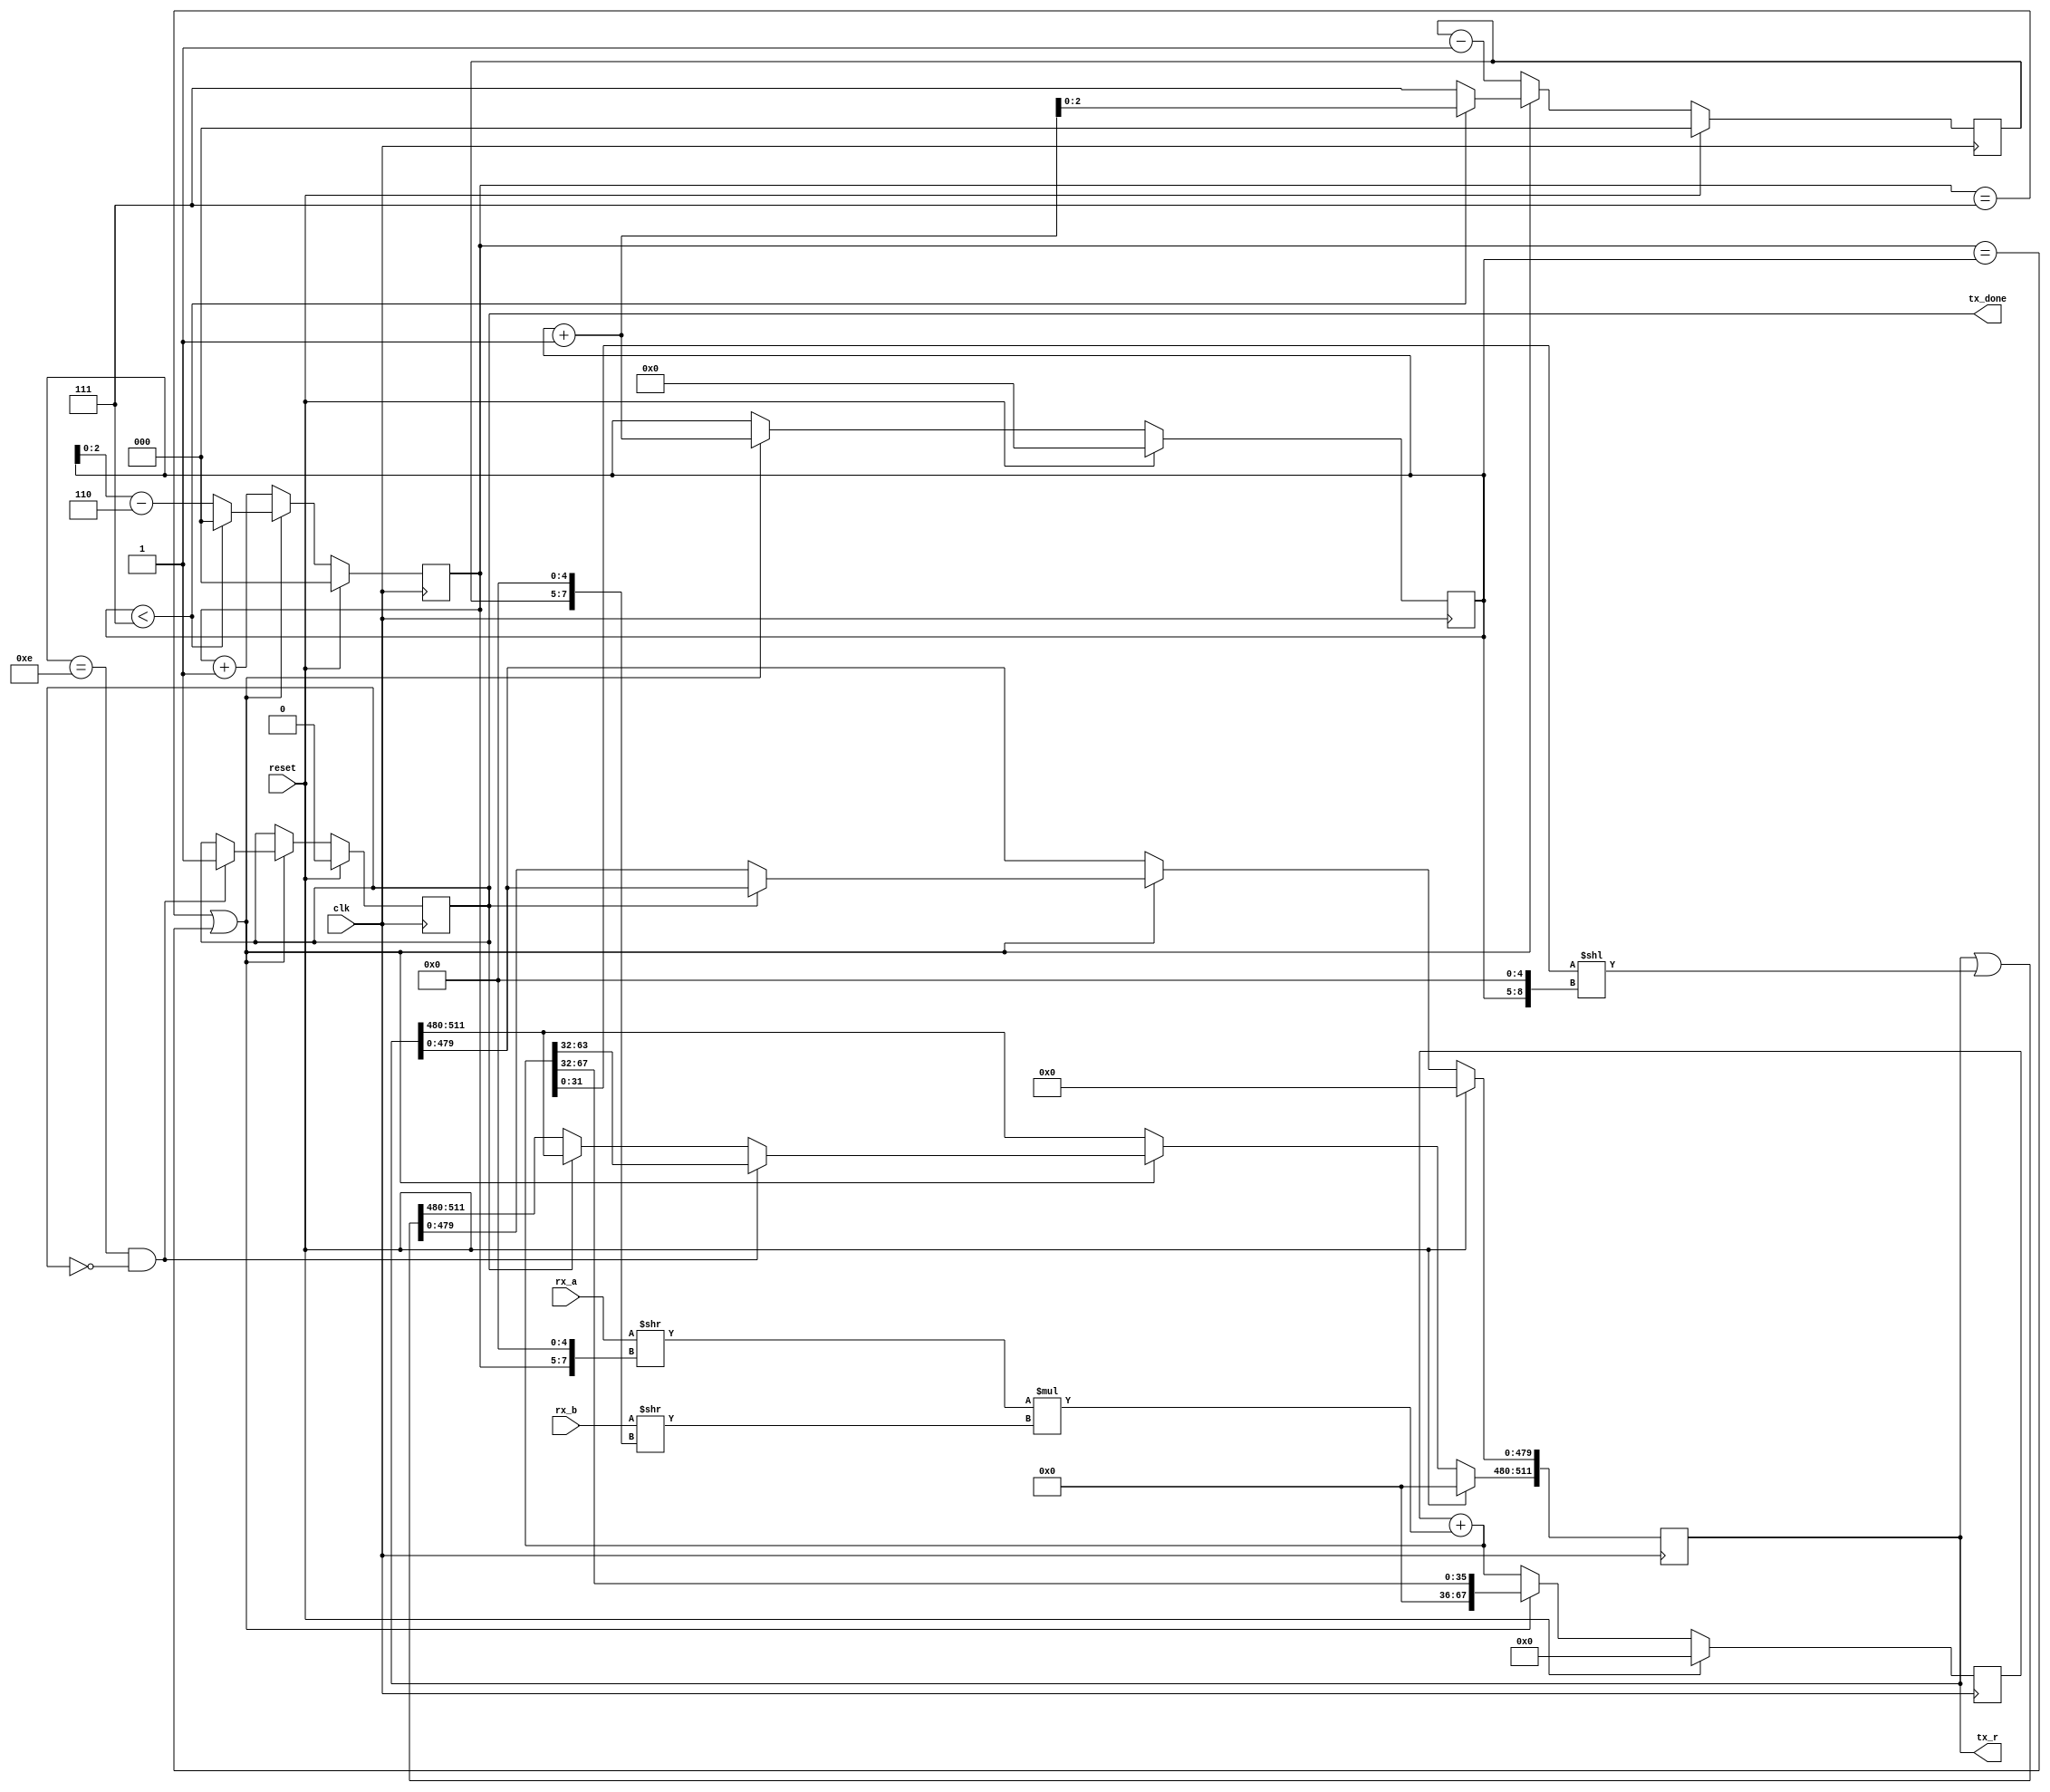
module bn_mul (
	input clk,
	input reset,
	input [255:0] rx_a,
	input [255:0] rx_b,

	output reg tx_done,
	output reg [511:0] tx_r
);

	reg [3:0] k;
	reg [2:0] i, j;
	reg [67:0] accum;

	wire [31:0] a = rx_a >> ({i, 5'd0});
	wire [31:0] b = rx_b >> ({j, 5'd0});
	wire [63:0] mult_result = a * b;
	wire [67:0] new_accum = accum + mult_result;


	always @ (posedge clk)
	begin
		accum <= new_accum;

		if (i == 7 || i == k)
		begin
			k <= k + 1;
			if (k < 7)
			begin
				i <= 0;
				j <= k + 1;
			end
			else
			begin
				i <= k - 6;
				j <= 7;
			end

			accum <= new_accum >> 32;

			if (!tx_done)
				tx_r <= tx_r | (new_accum[31:0] << ({k, 5'd0}));

			if (k == 14 && !tx_done)
			begin
				tx_done <= 1'b1;
				tx_r[511:480] <= new_accum[63:32];
			end
		end
		else
		begin
			i <= i + 1;
			j <= j - 1;
		end


		if (reset)
		begin
			k <= 4'd0;
			i <= 3'd0;
			j <= 3'd0;
			accum <= 68'd0;
			tx_r <= 512'd0;
			tx_done <= 1'b0;
		end
	end

endmodule